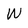
Character: W